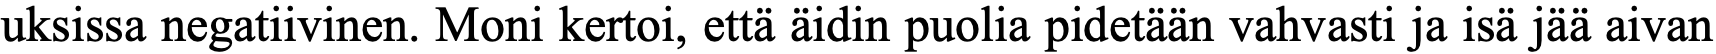
uksissa negatiivinen. Moni kertoi, että äidin puolia pidetään vahvasti ja isä jää aivan